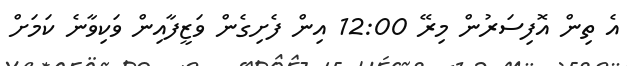
އެ ތިން އޮފިސަރުން މިރޭ 12:00 އިން ފެށިގެން ވަޒީފާއިން ވަކިވާނެ ކަމަށް